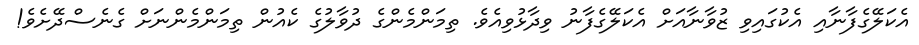
އެކަލޭގެފާނާއި އެކުގައިވި ޒުވާނާއަށް އެކަލޭގެފާނު ވިދާޅުވިއެވެ. ތިމަންމެންގެ ދުވާލުގެ ކެއުން ތިމަންމެންނަށް ގެނެސްދޭށެވެ!